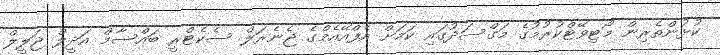
ކުޅުންތެރިން މޯޓިވޭޓްކުރުމުގެ މަގްސަދުގައި ކަމަށް އެފްއޭއެމްގެ ޖެނެރަލް ސެކެޓްރީ ބައްސާމް އަދީލް ޖަލީލް